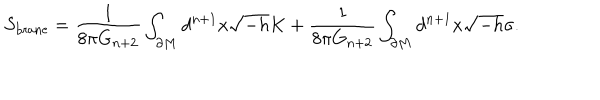
S _ { \mathrm { b r a n e } } = \frac { 1 } { 8 \pi G _ { n + 2 } } \int _ { \partial M } d ^ { n + 1 } x \sqrt { - h } K + \frac { 1 } { 8 \pi G _ { n + 2 } } \int _ { \partial M } d ^ { n + 1 } x \sqrt { - h } \sigma .